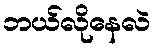
ဘယ်လိုနေလဲ